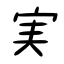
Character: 実